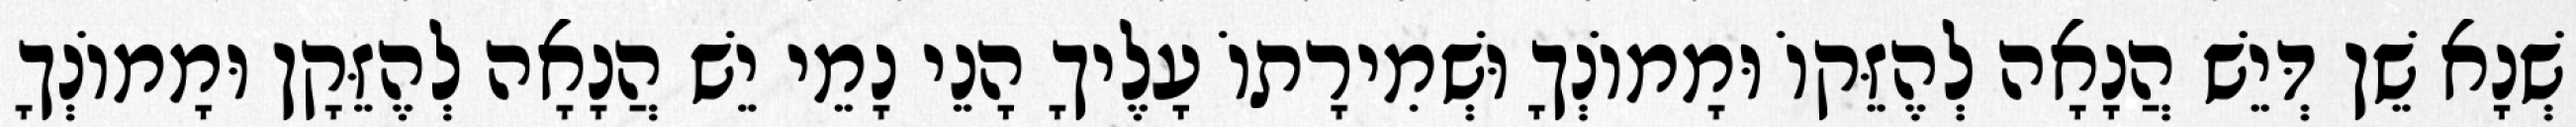
שְׁנָא שֵׁן דְּיֵשׁ הֲנָאָה לְהֶזֵּקוֹ וּמָמוֹנְךָ וּשְׁמִירָתוֹ עָלֶיךָ הָנֵי נָמֵי יֵשׁ הֲנָאָה לְהֶזֵּקָן וּמָמוֹנְךָ